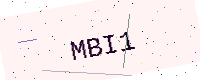
Text: MBI1